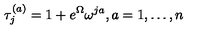
\tau _ { j } ^ { ( a ) } = 1 + e ^ { \Omega } \omega ^ { j a } , a = 1 , \dots , n